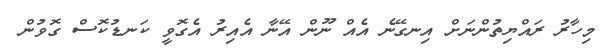
މިހާރު ރައްޔިތުންނަށް އިނގޭނެ އެއް ނޫން އޭނާ އެއިރު އެގޮވީ ކަނޑުކޮސް ގޮވުން